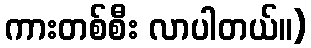
ကားတစ်စီး လာပါတယ်။)